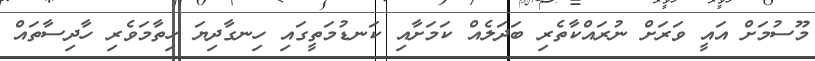
މޫސުމަށް އައީ ވަރަށް ނުރައްކާތެރި ބަދަލެއް ކަމަށާއި ކަނޑުމަތީގައި ހިނގާދިޔަ ހިތާމަވެރި ހާދިސާތައް